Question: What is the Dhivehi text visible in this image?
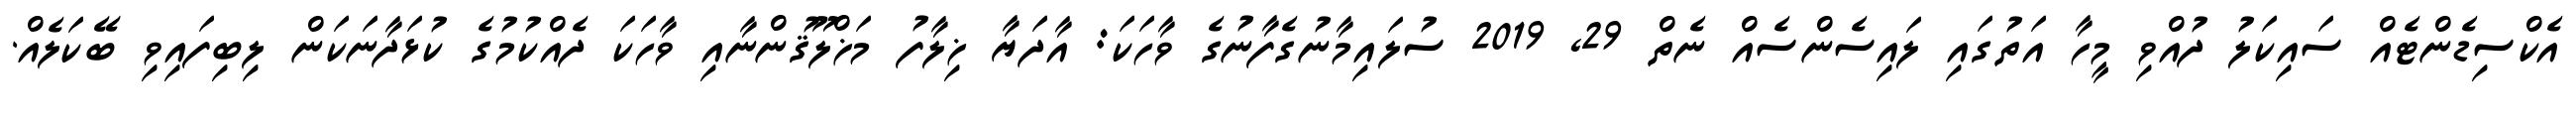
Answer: އެކްސިޑެންޓެއް ސައިކަލު ދުއްވި މީހާ އަތުގައި ލައިސެންސެއް ނެތް 29, 2019 ސުލައިމާނުގެފާނުގެ ވާހަކަ: އާދަޔާ ޚިލާފު މަޚްލޫޤުންނާއި ވާހަކަ ދެއްކުމުގެ ކުޅަދާނަކަން ލިބިފައިވި ބޭކަލެއް.